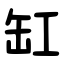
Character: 缸